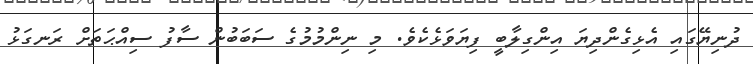
ދުނިޔޭގައި އެޅިގެންދިޔަ އިންގިލާބީ ފިޔަވަޅެކެވެ. މި ނިންމުމުގެ ސަބަބުން ސާފު ސިއްޙަތަށް ރަނގަޅު